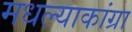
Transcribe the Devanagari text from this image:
मधल्याकांग्रा